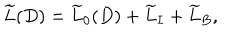
\widetilde { L } ( D ) = \widetilde { L } _ { 0 } ( D ) + \widetilde { L } _ { I } + \widetilde { L } _ { B } ,